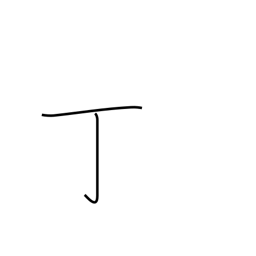
Meaning: counter for guns, tools, leaves or cakes of something